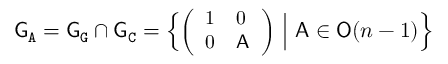
{ \mathsf { G } } _ { \mathtt { A } } = { \mathsf { G } } _ { \mathtt { G } } \cap { \mathsf { G } } _ { \mathtt { C } } = \Big \{ { \small \bigg ( \begin{array} { l l } { 1 } & { 0 } \\ { 0 } & { { \mathsf { A } } } \end{array} \bigg ) } \normalsize \ \Big | \ { \mathsf { A } } \in { \mathsf { O } } ( n - 1 ) \Big \}